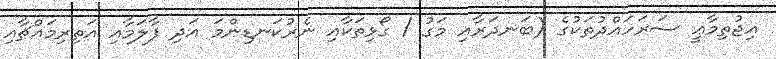
އިޖުތިމާޢީ ސަރަހައްދުތަކުގެ (ބަނދަރާއި މަގު / ގޯޅިތަކާއި ނެރުކަނޑިންމަ އަދި ފާލަމާއި އަތިރިމައްޗާއި